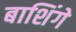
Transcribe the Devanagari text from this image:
बाशिंगे